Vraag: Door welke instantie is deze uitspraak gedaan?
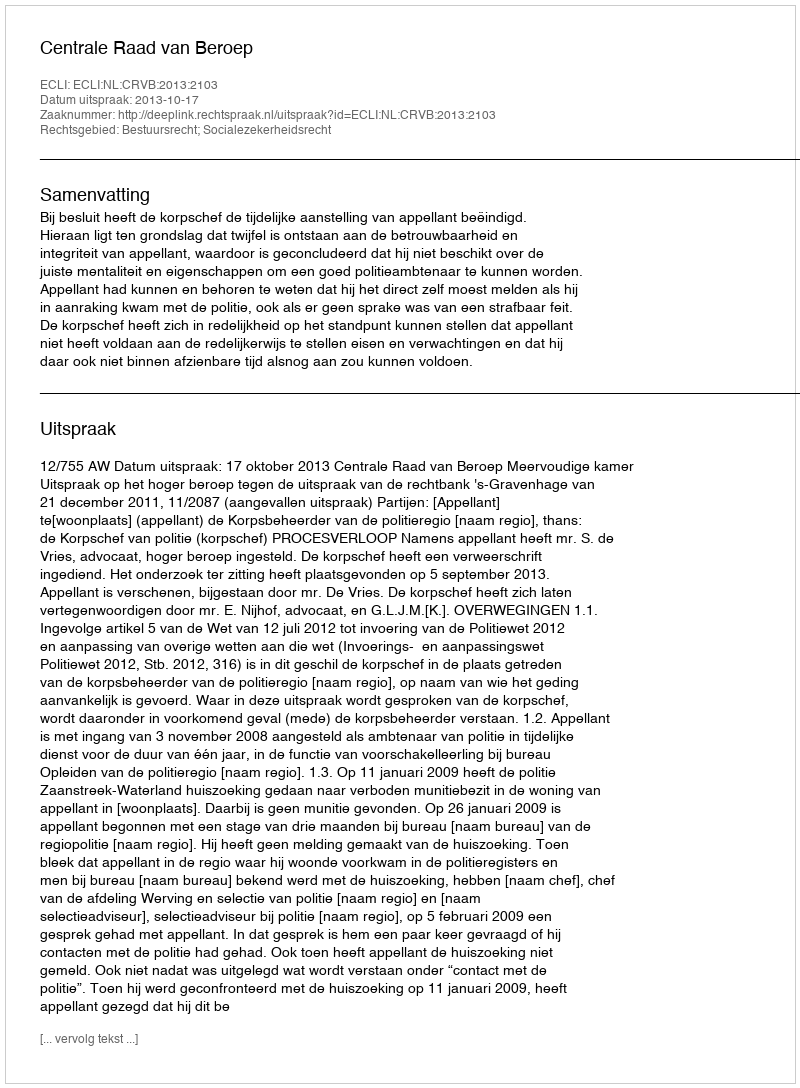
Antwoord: Centrale Raad van Beroep